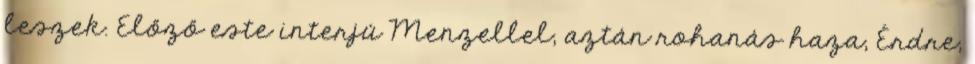
leszek. Előző este interjú Menzellel, aztán rohanás haza, Érdre,